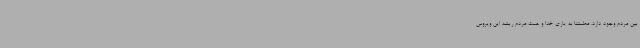
بین مردم وجود دارد، مطمئناً به یاری خدا و همت مردم ریشه این ویروس